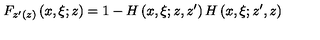
F _ { z ^ { \prime } ( z ) } \left( x , \xi ; z \right) = 1 - H \left( x , \xi ; z , z ^ { \prime } \right) H \left( x , \xi ; z ^ { \prime } , z \right)